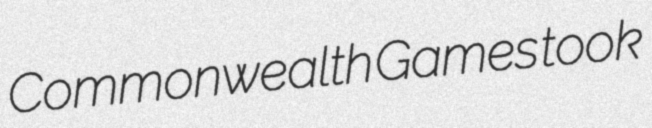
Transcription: Commonwealth Games took